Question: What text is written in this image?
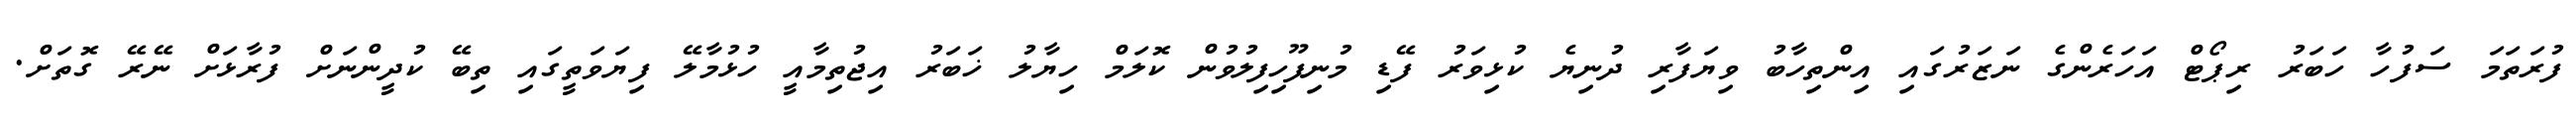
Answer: ފުރަތަމަ ސަފުހާ ހަބަރު ރިޕޯޓް އަހަރެންގެ ނަޒަރުގައި އިންތިހާބު ވިޔަފާރި ދުނިޔެ ކުޅިވަރު ފޭޑި މުނިފޫހިފިލުވުން ކޮލަމް ހިޔާލު ޚަބަރު އިޖުތިމާއީ ހުޅުމާލޭ ފިޔަވަތީގައި ތިބޭ ކުދީންނަށް ފުރާޅަށް ނޭރޭ ގޮތަށް.